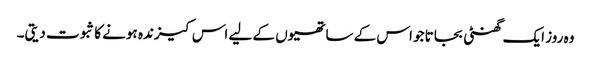
وہ روز ایک گھنٹی بجاتا جو اس کے ساتھیوں کے لیے اس کیزندہ ہونے کا ثبوت دیتی۔